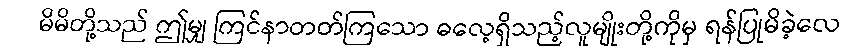
မိမိတို့သည် ဤမျှ ကြင်နာတတ်ကြသော ဓလေ့ရှိသည့်လူမျိုးတို့ကိုမှ ရန်ပြုမိခဲ့လေ